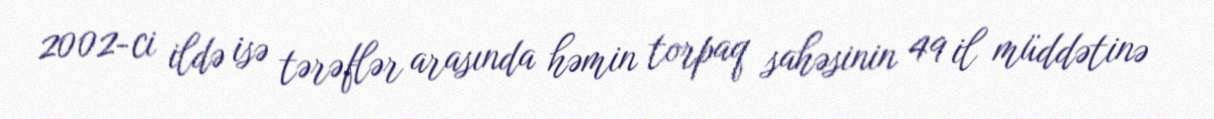
2002-ci ildə isə tərəflər arasında həmin torpaq sahəsinin 49 il müddətinə